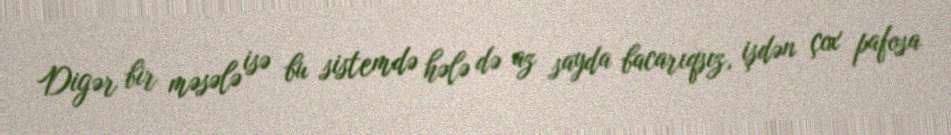
Digər bir məsələ isə bu sistemdə hələ də az sayda bacarıqsız, işdən çox pafosa